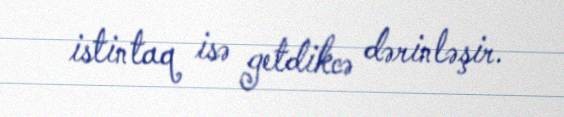
istintaq isə getdikcə dərinləşir.